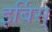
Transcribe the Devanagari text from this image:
इर्बिस्